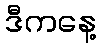
ဒီကနေ့